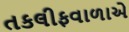
તકલીફવાળાએ